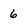
Character: 6